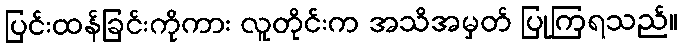
ပြင်းထန်ခြင်းကိုကား လူတိုင်းက အသိအမှတ် ပြုကြရသည်။